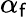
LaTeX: \alpha_{\mathsf{f}}